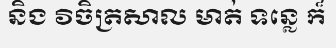
និង វិចិត្រសាល មាត់ ទន្លេ ក៏